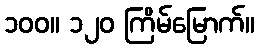
၁၀၀။ ၁၂၀ ကြိမ်မြောက်။